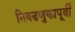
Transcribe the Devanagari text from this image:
निवडणुकापूर्वी